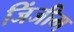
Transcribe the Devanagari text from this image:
जिंजीम